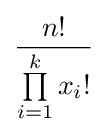
{\frac {n!}{\prod \limits _{i=1}^{k}x_{i}!}}